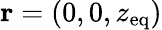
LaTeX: \mathbf{r}=(0,0,z_{\mathrm{eq}})